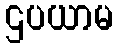
ဌပယာမ